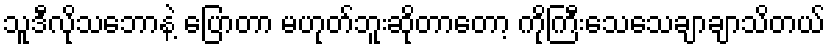
သူဒီလိုသဘောနဲ့ ပြောတာ မဟုတ်ဘူးဆိုတာတော့ ကိုကြီးသေသေချာချာသိတယ်